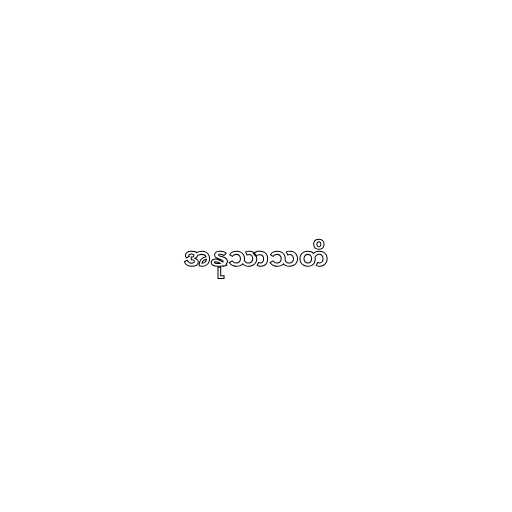
အနုသာသတိ